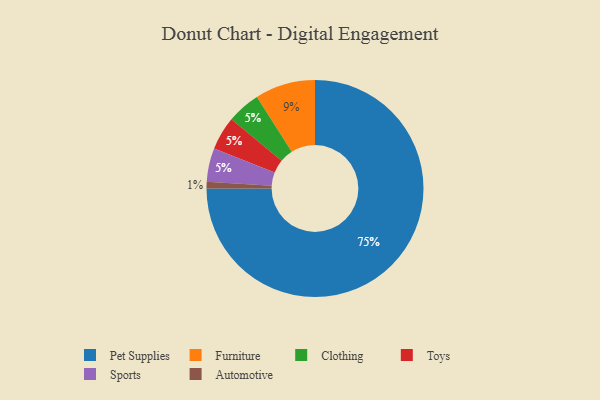
{"axis": {"x": "Category", "y": "Percentage"}, "legend": ["Automotive", "Clothing", "Furniture", "Pet Supplies", "Sports", "Toys"], "data": [{"x": "Automotive", "y": 1, "type": "Automotive"}, {"x": "Clothing", "y": 5, "type": "Clothing"}, {"x": "Furniture", "y": 9, "type": "Furniture"}, {"x": "Pet Supplies", "y": 75, "type": "Pet Supplies"}, {"x": "Toys", "y": 5, "type": "Toys"}, {"x": "Sports", "y": 5, "type": "Sports"}]}